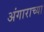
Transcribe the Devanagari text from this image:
अंगाराच्या